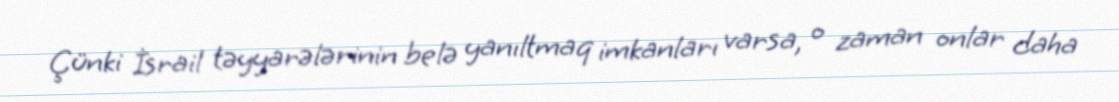
Çünki İsrail təyyarələrinin belə yanıltmaq imkanları varsa, o zaman onlar daha